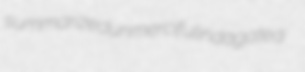
summarized unmerciful indagated